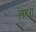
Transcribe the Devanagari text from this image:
लहरां